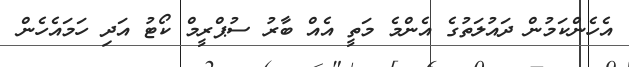
އެހެންކަމުން ދައުލަތުގެ އެންމެ މަތީ އެއް ބާރު ސުޕްރީމް ކޯޓު އަދި ހަމައެހެން